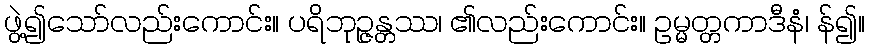
ဖွဲ့၍သော်လည်းကောင်း။ ပရိဘုဉ္ဇန္တဿ၊ ၏လည်းကောင်း။ ဥမ္မတ္တကာဒီနံ၊ န်၍။